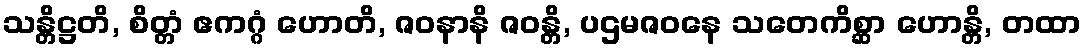
သန္တိဋ္ဌတိ, စိတ္တံ ဧကဂ္ဂံ ဟောတိ, ဇဝနာနိ ဇဝန္တိ, ပဌမဇဝနေ သတေကိစ္ဆာ ဟောန္တိ, တထာ